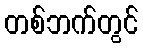
တစ်ဘက်တွင်